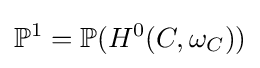
\mathbb {P} ^{1}=\mathbb {P} (H^{0}(C,\omega _{C}))